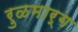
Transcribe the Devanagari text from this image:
रुळमार्ग